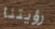
رؤيتنا